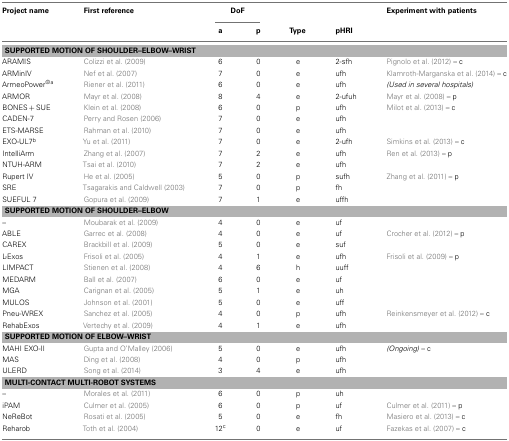
<table><thead><tr><td><b>Project name</b></td><td><b>First reference</b></td><td colspan="2"><b>DoF</b></td><td></td><td></td><td><b>Experiment with patients</b></td></tr><tr><td></td><td></td><td><b>a</b></td><td><b>p</b></td><td><b>Type</b></td><td><b>pHRI</b></td></tr></thead><tbody><tr><td colspan="7"><b>SUPPORTED MOTION OF SHOULDER–ELBOW–WRIST</b></td></tr><tr><td>ARAMIS</td><td>Colizzi et al. (2009)</td><td>6</td><td>0</td><td>e</td><td>2-sfh</td><td>Pignolo et al. (2012) – c</td></tr><tr><td>ARMinIV</td><td>Nef et al. (2007)</td><td>7</td><td>0</td><td>e</td><td>ufh</td><td>Klamroth-Marganska et al. (2014) – c</td></tr><tr><td>ArmeoPower<sup>©</sup><sup>a</sup></td><td>Riener et al. (2011)</td><td>6</td><td>0</td><td>e</td><td>ufh</td><td><i>(Used in several hospitals)</i></td></tr><tr><td>ARMOR</td><td>Mayr et al. (2008)</td><td>8</td><td>4</td><td>e</td><td>2-ufuh</td><td>Mayr et al. (2008) – p</td></tr><tr><td>BONES + SUE</td><td>Klein et al. (2008)</td><td>6</td><td>0</td><td>p</td><td>ufh</td><td>Milot et al. (2013) – c</td></tr><tr><td>CADEN-7</td><td>Perry and Rosen (2006)</td><td>7</td><td>0</td><td>e</td><td>ufh</td><td></td></tr><tr><td>ETS-MARSE</td><td>Rahman et al. (2010)</td><td>7</td><td>0</td><td>e</td><td>ufh</td><td></td></tr><tr><td>EXO-UL7<sup>b</sup></td><td>Yu et al. (2011)</td><td>7</td><td>0</td><td>e</td><td>2-ufh</td><td>Simkins et al. (2013) – c</td></tr><tr><td>IntelliArm</td><td>Zhang et al. (2007)</td><td>7</td><td>2</td><td>e</td><td>ufh</td><td>Ren et al. (2013) – p</td></tr><tr><td>NTUH-ARM</td><td>Tsai et al. (2010)</td><td>7</td><td>2</td><td>e</td><td>ufh</td><td></td></tr><tr><td>Rupert IV</td><td>He et al. (2005)</td><td>5</td><td>0</td><td>p</td><td>sufh</td><td>Zhang et al. (2011) – p</td></tr><tr><td>SRE</td><td>Tsagarakis and Caldwell (2003)</td><td>7</td><td>0</td><td>p</td><td>fh</td><td></td></tr><tr><td>SUEFUL 7</td><td>Gopura et al. (2009)</td><td>7</td><td>1</td><td>e</td><td>uffh</td><td></td></tr><tr><td colspan="7"><b>SUPPORTED MOTION OF SHOULDER–ELBOW</b></td></tr><tr><td>–</td><td>Moubarak et al. (2009)</td><td>4</td><td>0</td><td>e</td><td>uf</td><td></td></tr><tr><td>ABLE</td><td>Garrec et al. (2008)</td><td>4</td><td>0</td><td>e</td><td>uf</td><td>Crocher et al. (2012) – p</td></tr><tr><td>CAREX</td><td>Brackbill et al. (2009)</td><td>5</td><td>0</td><td>e</td><td>suf</td><td></td></tr><tr><td>L-Exos</td><td>Frisoli et al. (2005)</td><td>4</td><td>1</td><td>e</td><td>ufh</td><td>Frisoli et al. (2009) – p</td></tr><tr><td>LIMPACT</td><td>Stienen et al. (2008)</td><td>4</td><td>6</td><td>h</td><td>uuff</td><td></td></tr><tr><td>MEDARM</td><td>Ball et al. (2007)</td><td>6</td><td>0</td><td>e</td><td>uf</td><td></td></tr><tr><td>MGA</td><td>Carignan et al. (2005)</td><td>5</td><td>1</td><td>e</td><td>uh</td><td></td></tr><tr><td>MULOS</td><td>Johnson et al. (2001)</td><td>5</td><td>0</td><td>e</td><td>uff</td><td></td></tr><tr><td>Pneu-WREX</td><td>Sanchez et al. (2005)</td><td>4</td><td>0</td><td>p</td><td>ufh</td><td>Reinkensmeyer et al. (2012) – c</td></tr><tr><td>RehabExos</td><td>Vertechy et al. (2009)</td><td>4</td><td>1</td><td>e</td><td>ufh</td><td></td></tr><tr><td colspan="7"><b>SUPPORTED MOTION OF ELBOW–WRIST</b></td></tr><tr><td>MAHI EXO-II</td><td>Gupta and O’Malley (2006)</td><td>5</td><td>0</td><td>e</td><td>ufh</td><td><i>(Ongoing)</i> – c</td></tr><tr><td>MAS</td><td>Ding et al. (2008)</td><td>4</td><td>0</td><td>p</td><td>ufh</td><td></td></tr><tr><td>ULERD</td><td>Song et al. (2014)</td><td>3</td><td>4</td><td>e</td><td>ufh</td><td></td></tr><tr><td colspan="7"><b>MULTI-CONTACT MULTI-ROBOT SYSTEMS</b></td></tr><tr><td>–</td><td>Morales et al. (2011)</td><td>6</td><td>0</td><td>p</td><td>uh</td><td></td></tr><tr><td>iPAM</td><td>Culmer et al. (2005)</td><td>6</td><td>0</td><td>p</td><td>uf</td><td>Culmer et al. (2011) – p</td></tr><tr><td>NeReBot</td><td>Rosati et al. (2005)</td><td>5</td><td>0</td><td>e</td><td>fh</td><td>Masiero et al. (2013) – c</td></tr><tr><td>Reharob</td><td>Toth et al. (2004)</td><td>12<sup>c</sup></td><td>0</td><td>e</td><td>uf</td><td>Fazekas et al. (2007) – c</td></tr></tbody></table>